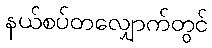
နယ်စပ်တလျှောက်တွင်